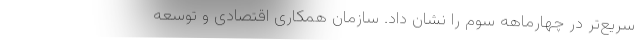
سریع‌تر در چهارماهه سوم را نشان داد. سازمان همکاری اقتصادی و توسعه